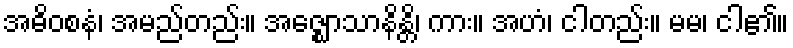
အဓိဝစနံ၊ အမည်တည်း။ အဇ္ဈောသာနိန္တိ၊ ကား။ အဟံ၊ ငါတည်း။ မမ၊ ငါ၏။